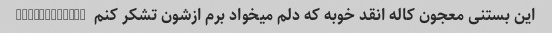
این بستنی معجون کاله انقد خوبه که دلم میخواد برم ازشون تشکر کنم  @kallehbrand